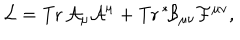
{ \cal L } = \mathrm { T r } \, { \cal A } _ { \mu } { \cal A } ^ { \mu } + \mathrm { T r } \, \mathrm { } ^ { * } \! { \cal B } _ { \mu \nu } { \cal F } ^ { \mu \nu } ,